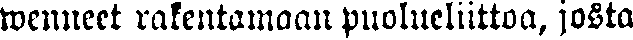
wenneet rakentamaan puolueliittoa, josta